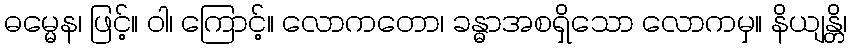
ဓမ္မေန၊ ဖြင့်။ ဝါ၊ ကြောင့်။ လောကတော၊ ခန္ဓာအစရှိသော လောကမှ။ နိယျန္တိ၊